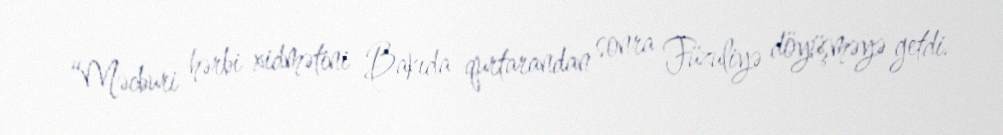
“Məcburi hərbi xidmətini Bakıda qurtarandan sonra Füzuliyə döyüşməyə getdi.